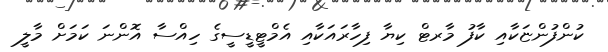
ކުންފުންޏަކާއި ކާފު މާރޓް ކިޔާ ފިހާރައަކާއި އެމްޓީޑީސީގެ ހިއްސާ އޮންނަ ކަމަށް މާލީ